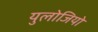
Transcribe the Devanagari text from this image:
युलोजियो